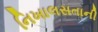
નિખાલસતાની